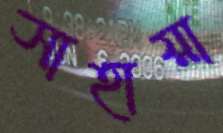
সাহায়া